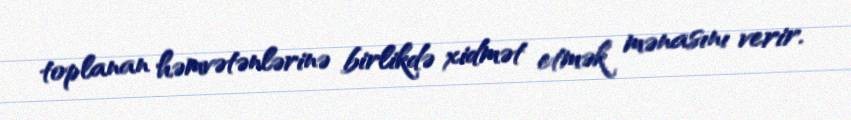
toplanan həmvətənlərinə birlikdə xidmət etmək mənasını verir.